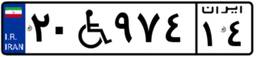
۴۶W۱۲۶۰۲